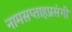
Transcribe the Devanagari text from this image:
नामसप्ताहप्रसंगी